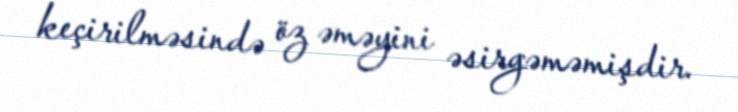
keçirilməsində öz əməyini əsirgəməmişdir.